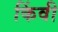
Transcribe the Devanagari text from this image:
किंवी